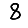
Digit: 8